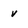
Character: v